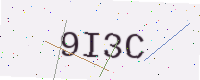
Text: 9I3C